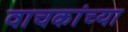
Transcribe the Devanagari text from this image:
वाचकांच्‍या